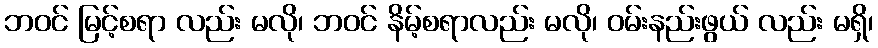
ဘဝင် မြင့်စရာ လည်း မလို၊ ဘဝင် နိမ့်စရာလည်း မလို၊ ဝမ်းနည်းဖွယ် လည်း မရှိ၊